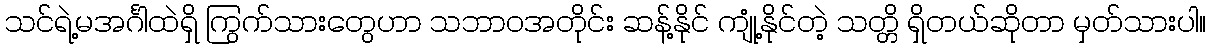
သင်ရဲ့မအင်္ဂါထဲရှိ ကြွက်သားတွေဟာ သဘာဝအတိုင်း ဆန့်နိုင် ကျုံ့နိုင်တဲ့ သတ္တိ ရှိတယ်ဆိုတာ မှတ်သားပါ။